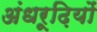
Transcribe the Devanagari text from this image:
अंधरूढ़ियों